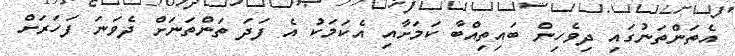
އެތަންތަނުގައި ދިވެހިން ބައިތިއްބާ ކަމަށާއި އެކަމަކު އެ ފަދަ ތަންތަނަށް ދެވަނަ ފަހަރަށް